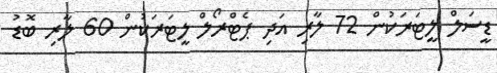
ޑީސަލް ލީޓަރަކުން 72 ލާރި އަދި ޕެޓްރޯލް ލީޓަރަކުން 60 ލާރި ބޮޑު